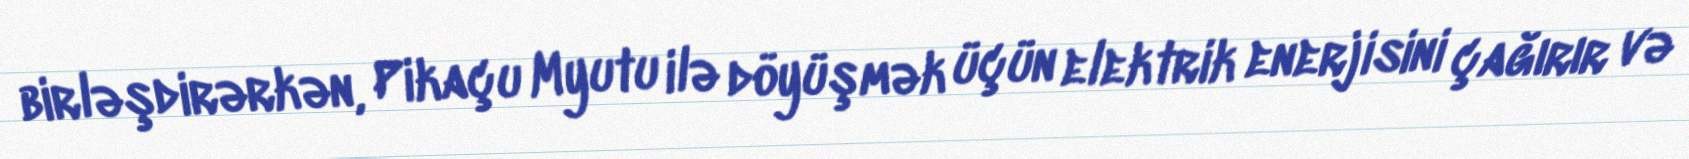
birləşdirərkən, Pikaçu Myutu ilə döyüşmək üçün elektrik enerjisini çağırır və